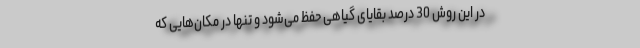
در این روش 30 درصد بقایای گیاهی حفظ می‌شود و تنها در مکان‌هایی که